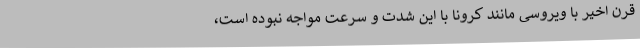
قرن اخیر با ویروسی مانند کرونا با این شدت و سرعت مواجه نبوده است،